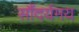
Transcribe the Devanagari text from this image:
सौंदर्यमय